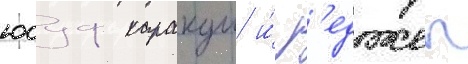
юсуф каракуш и́ р'еджеп